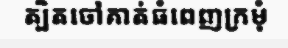
ត្បិតចៅគាត់ធំពេញក្រមុំ